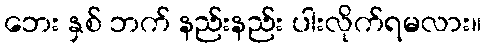
ဘေး နှစ် ဘက် နည်းနည်း ပါးလိုက်ရမလား။